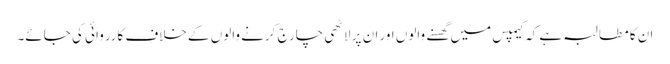
ان کا مطالبہ ہے کہ کیمپس میں گھسنے والوں اور ان پر لاٹھی چارج کرنے والوں کے خلاف کارروائی کی جائے۔